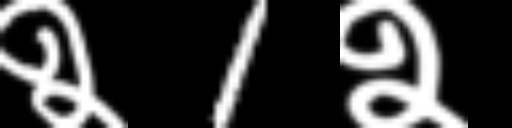
Text: २1२